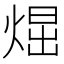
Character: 𤋪